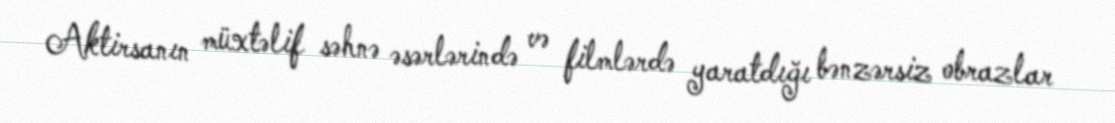
Aktirsanın müxtəlif səhnə əsərlərində və filmlərdə yaratdığı bənzərsiz obrazlar